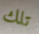
تلك